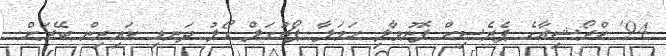
94' ކްރޯޝިއާގެ ޕެރެސިކް ފޮނުވާލި ހަމަލާ ޕޯޗުގަލް ގޯލު ދަނޑި ކައިރިން ބޭރަށް.